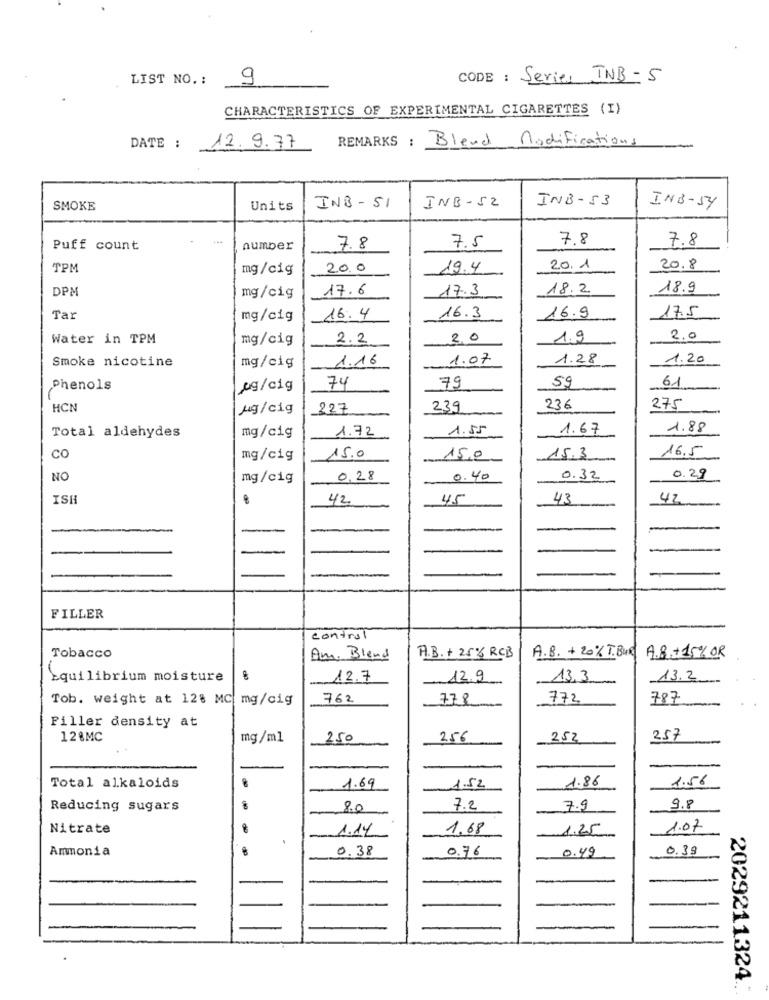
LIST NO. :
9
CODE : Series INB-5
CHARACTERISTICS OF EXPERIMENTAL CIGARETTES (I)
REMARKS : Bleud Modifications
DATE :
12.9.77
INB-53
SMOKE
Units
INB - 51
INB-52
INB-54
7.5
7.8
7.8
Puff count
number
7.8
TPM
mg/cig
20.0
19.4
20. 1
20.8
DPM
17.6
17.3
18.2
18.9
mg/cig
17.5
Tar
mg/cig
16.4
16.3
16.9
Water in TPM
mg/cig
2.2
2.0
1.9
2.0
Smoke nicotine
mg/cig
1.16
1.07
1.28
1.20
Phenols
pg/cig
74
79
59
61
HCN
ug/c1g
227
239
236
275
Total aldehydes
1.72
1.55
1.67
1.88
mg/cig
16.5
CO
mg/cig
15.0
15,0
15.3
NO
mg/cig
0,28
0.40
0.32
0.29
ISH
8
42
45
43
42
-
FILLER
control
A.B. + 20% T.BUR
Tobacco
Am, Blend
A.B. + 25% RCB
A.8.+15% OR
Equilibrium moisture
12.7
12.9
13,3
13.2
Tob. weight at 128 MC mg/cig
762
778
772
787
Filler density at
12%MC
mg/ml
250
256
2,52
257
1.86
1.56
Total alkaloids
1.69
1.52
Reducing sugars
8.0
7.2
7.9
9.8
Nitrate
8
1.14
1.68
1.25
1.07
.
Ammonia
0.38
0.76
0.49
0.39
2029211324.